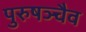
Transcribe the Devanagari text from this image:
पुरुषञ्चैव